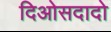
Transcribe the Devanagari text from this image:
दिओसदादो